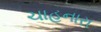
ચાહનારા